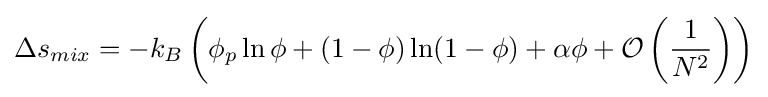
\Delta s_{mix}=-k_{B}\left(\phi _{p}\ln \phi +(1-\phi )\ln(1-\phi )+\alpha \phi +{\mathcal {O}}\left({\frac {1}{N^{2}}}\right)\right)